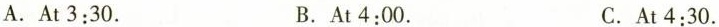
A.At 3:30. B. At 4:00. C. At 4:30.